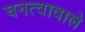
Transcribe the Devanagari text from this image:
घनत्वावाले